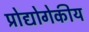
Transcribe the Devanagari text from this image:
प्रोद्योगेकीय